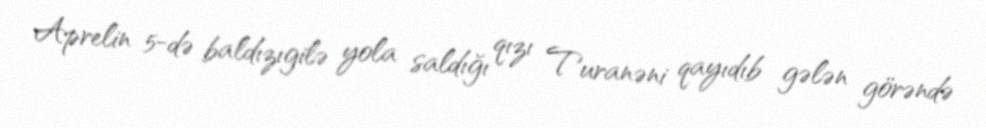
Aprelin 5-də baldızıgilə yola saldığı qızı Turanəni qayıdıb gələn görəndə